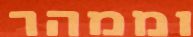
וממהר